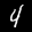
Label: 4